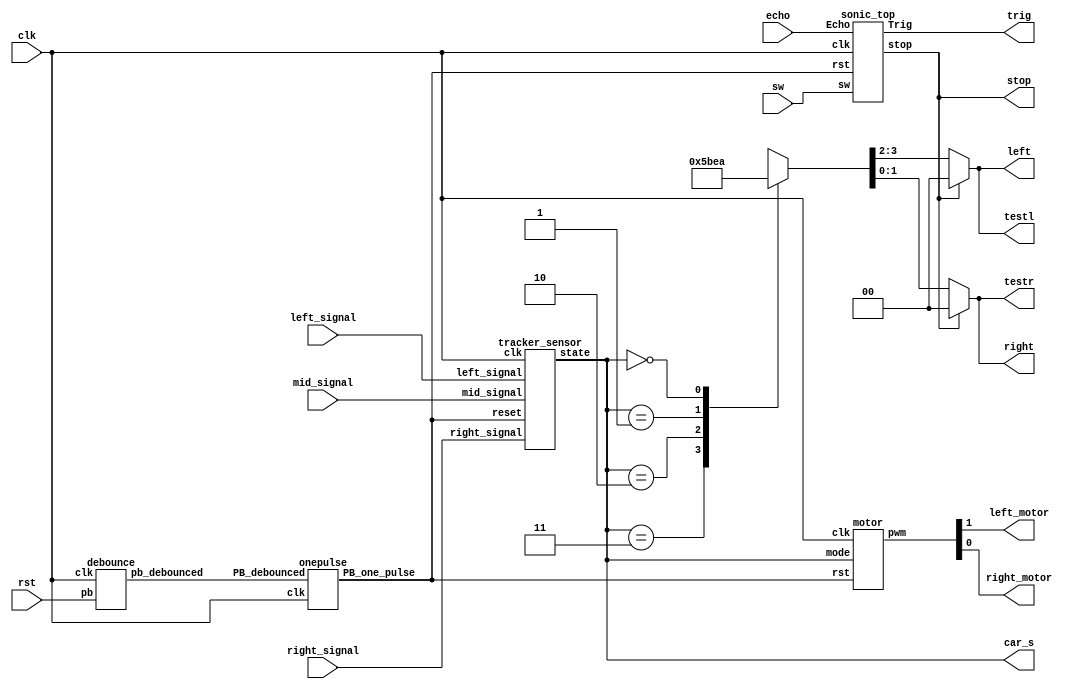
`timescale 1ns/1ps

module Top(
    input clk,
    input rst,
    input echo,
    input left_signal,
    input right_signal,
    input mid_signal,
    input sw,
    output trig,
    output stop,
    output left_motor,
    output reg [1:0]left,
    output right_motor,
    output reg [1:0]right,
    output [1:0] car_s,
    output [1:0] testl,
    output [1:0] testr
);

    wire Rst_n, rst_pb;
    wire [1:0] car_state;
    debounce d0(rst_pb, rst, clk);
    onepulse d1(rst_pb, clk, Rst_n);
//    wire [1:0] car_state;

    assign car_s = car_state;
    assign testl = left;
    assign testr = right;

    motor A(
        .clk(clk),
        .rst(Rst_n),
        .mode(car_state),
        .pwm({left_motor, right_motor})
    );

    sonic_top B(
        .clk(clk), 
        .rst(Rst_n), 
        .Echo(echo), 
        .Trig(trig),
        .stop(stop),
        .sw(sw)
    );
    
    tracker_sensor C(
        .clk(clk), 
        .reset(Rst_n), 
        .left_signal(left_signal), 
        .right_signal(right_signal),
        .mid_signal(mid_signal), 
        .state(car_state)
       );

    always @(*) begin
        // [TO-DO] Use left and right to set your pwm
        if(stop) {left, right} = 4'b0000;
        else  begin
            case (car_state)
                2'b11 : {left, right} = 4'b0101;
                2'b10 : {left, right} = 4'b1011;
                2'b01 : {left, right} = 4'b1110;
                2'b00 : {left, right} = 4'b1010;
            endcase
        end
    end

endmodule

module motor(
    input clk,
    input rst,
    input [1:0]mode,
    output  [1:0]pwm
);

    reg [9:0]next_left_motor, next_right_motor;
    reg [9:0]left_motor, right_motor;
    wire left_pwm, right_pwm;
    
    parameter forward = 2'b00;
    parameter turn_right = 2'b01;
    parameter turn_left = 2'b10;
    parameter backward = 2'b11;

    motor_pwm m0(clk, rst, left_motor, left_pwm);
    motor_pwm m1(clk, rst, right_motor, right_pwm);
    
    always@(posedge clk)begin
        if(rst)begin
            left_motor <= 10'd0;
            right_motor <= 10'd0;
        end else begin
            left_motor <= next_left_motor;
            right_motor <= next_right_motor;
        end
    end
    
    // [TO-DO] take the right speed for different situation
    always @(*) begin
        case (mode)
            forward : begin
                next_left_motor = 1023;
                next_right_motor = 1023;
            end
            turn_left : begin
                next_left_motor = 1023;
                next_right_motor = 1023;
            end  
            turn_right : begin
                next_left_motor = 1023;
                next_right_motor = 1023;
            end 
            backward : begin
                next_left_motor = 1023;
                next_right_motor = 1023;
            end
        endcase
    end


    assign pwm = {left_pwm, right_pwm};
endmodule

module motor_pwm (
    input clk,
    input reset,
    input [9:0]duty,
	output pmod_1 //PWM
);
        
    PWM_gen pwm_0 ( 
        .clk(clk), 
        .reset(reset), 
        .freq(32'd25000),
        .duty(duty), 
        .PWM(pmod_1)
    );

endmodule

//generte PWM by input frequency & duty
module PWM_gen (
    input wire clk,
    input wire reset,
	input [31:0] freq,
    input [9:0] duty,
    output reg PWM
);
    wire [31:0] count_max = 32'd100_000_000 / freq;
    wire [31:0] count_duty = count_max * duty / 32'd1024;
    reg [31:0] count;
        
    always @(posedge clk, posedge reset) begin
        if (reset) begin
            count <= 32'b0;
            PWM <= 1'b0;
        end else if (count < count_max) begin
            count <= count + 32'd1;
            if(count < count_duty)
                PWM <= 1'b1;
            else
                PWM <= 1'b0;
        end else begin
            count <= 32'b0;
            PWM <= 1'b0;
        end
    end
endmodule

module sonic_top(clk, rst, Echo, Trig, stop, sw);
	input clk, rst, Echo, sw;
	output Trig, stop;

	wire[19:0] dis;
	wire[19:0] d;
    wire clk1M;
	wire clk_2_17;

    div clk1(clk ,clk1M);
	TrigSignal u1(.clk(clk), .rst(rst), .trig(Trig));
	PosCounter u2(.clk(clk1M), .rst(rst), .echo(Echo), .distance_count(dis));

    // [TO-DO] calculate the right distance to trig stop(triggered when the distance is lower than 40 cm)
    // Hint: using "dis"

    assign stop = (sw && (dis <= 4000));
 
endmodule

module PosCounter(clk, rst, echo, distance_count); 
    input clk, rst, echo;
    output[19:0] distance_count;

    parameter S0 = 2'b00;
    parameter S1 = 2'b01; 
    parameter S2 = 2'b10;
    
    wire start, finish;
    reg[1:0] curr_state, next_state;
    reg echo_reg1, echo_reg2;
    reg[19:0] count, next_count, distance_register, next_distance;
    wire[19:0] distance_count; 

    always @(posedge clk) begin
        if(rst) begin
            echo_reg1 <= 1'b0;
            echo_reg2 <= 1'b0;
            count <= 20'b0;
            distance_register <= 20'b0;
            curr_state <= S0;
        end
        else begin
            echo_reg1 <= echo;   
            echo_reg2 <= echo_reg1; 
            count <= next_count;
            distance_register <= next_distance;
            curr_state <= next_state;
        end
    end

    always @(*) begin
        case(curr_state)
            S0: begin
                next_distance = distance_register;
                if (start) begin
                    next_state = S1;
                    next_count = count;
                end else begin
                    next_state = curr_state;
                    next_count = 20'b0;
                end 
            end
            S1: begin
                next_distance = distance_register;
                if (finish) begin
                    next_state = S2;
                    next_count = count;
                end else begin
                    next_state = curr_state;
                    next_count = (count > 20'd600_000) ? count : count + 1'b1;
                end 
            end
            S2: begin
                next_distance = count;
                next_count = 20'b0;
                next_state = S0;
            end
            default: begin
                next_distance = 20'b0;
                next_count = 20'b0;
                next_state = S0;
            end
        endcase
    end

    assign distance_count = distance_register * 20'd100 / 20'd58; 
    assign start = echo_reg1 & ~echo_reg2;  
    assign finish = ~echo_reg1 & echo_reg2; 

endmodule

module TrigSignal(clk, rst, trig);
    input clk, rst;
    output trig;

    reg trig, next_trig;
    reg[23:0] count, next_count;

    always @(posedge clk, posedge rst) begin
        if (rst) begin
            count <= 24'b0;
            trig <= 1'b0;
        end
        else begin
            count <= next_count;
            trig <= next_trig;
        end
    end

    always @(*) begin
        next_trig = trig;
        next_count = count + 1'b1;
        if(count == 24'd999)
            next_trig = 1'b0;
        else if(count == 24'd9999999) begin
            next_trig = 1'b1;
            next_count = 24'd0;
        end
    end
endmodule

module tracker_sensor(clk, reset, left_signal, right_signal, mid_signal, state);
    input clk;
    input reset;
    input left_signal, right_signal, mid_signal;
    output reg [1:0] state;

    // [TO-DO] Receive three signals and make your own policy.
    // Hint: You can use output state to change your action.
    
    wire [2:0] cur_sit;
    reg [1:0] next_state;
    parameter forward = 2'b00;
    parameter turn_right = 2'b01;
    parameter turn_left = 2'b10;
    parameter backward = 2'b11;
    
    assign cur_sit = {left_signal, mid_signal, right_signal};
    
    always @(posedge clk) begin
        if (reset) begin
            state <= 0;
        end else begin
            state <= next_state;
        end
    end
    
    always @(*) begin
        case (cur_sit) 
            3'b111 : next_state = forward;
            3'b001 : next_state = turn_right;
            3'b011 : next_state = turn_right;
            3'b100 : next_state = turn_left;
            3'b110 : next_state = turn_left;
            3'b000 : next_state = backward;
            default : next_state = forward;
        endcase
    end

endmodule

module div(clk ,out_clk);
    input clk;
    output out_clk;
    reg out_clk;
    reg [6:0]cnt;
    
    always @(posedge clk) begin   
        if(cnt < 7'd50) begin
            cnt <= cnt + 1'b1;
            out_clk <= 1'b1;
        end 
        else if(cnt < 7'd100) begin
	        cnt <= cnt + 1'b1;
	        out_clk <= 1'b0;
        end
        else if(cnt == 7'd100) begin
            cnt <= 7'b0;
            out_clk <= 1'b1;
        end
        else begin 
            cnt <= 7'b0;
            out_clk <= 1'b1;
        end
    end
endmodule

module debounce (pb_debounced, pb, clk);
    output pb_debounced; 
    input pb;
    input clk;
    reg [4:0] DFF;
    
    always @(posedge clk) begin
        DFF[4:1] <= DFF[3:0];
        DFF[0] <= pb; 
    end
    assign pb_debounced = (&(DFF)); 
endmodule

module onepulse (PB_debounced, clk, PB_one_pulse);
    input PB_debounced;
    input clk;
    output reg PB_one_pulse;
    reg PB_debounced_delay;

    always @(posedge clk) begin
        PB_one_pulse <= PB_debounced & (!PB_debounced_delay);
        PB_debounced_delay <= PB_debounced;
    end 
endmodule